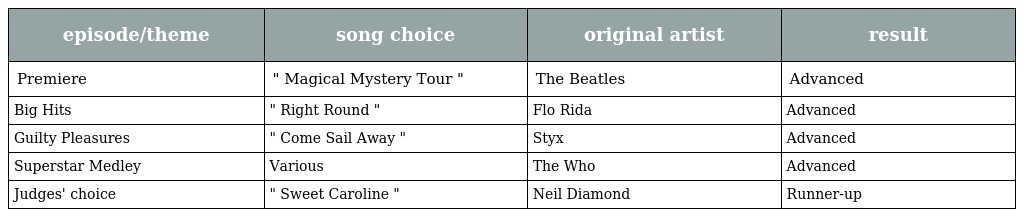
| episode/theme | song choice | original artist | result |
 | --- | --- | --- | --- |
 | Premiere | " Magical Mystery Tour " | The Beatles | Advanced |
 | Big Hits | " Right Round " | Flo Rida | Advanced |
 | Guilty Pleasures | " Come Sail Away " | Styx | Advanced |
 | Superstar Medley | Various | The Who | Advanced |
 | Judges' choice | " Sweet Caroline " | Neil Diamond | Runner-up |